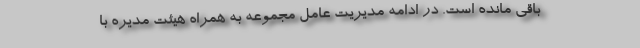
باقی مانده است. در ادامه مدیریت عامل مجموعه به همراه هیئت مدیره با